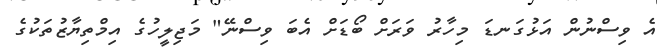
އެ ވިސްނުން އަޅުގަނޑަ މިހާރު ވަރަށް ބޯޑަށް އެބަ ވިސްނޭ" މަޖިލީހުގެ އިމްތިޔާޒުތަކުގެ